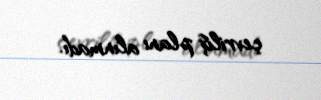
çevriliş planı alınmadı.